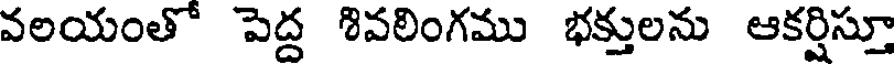
వలయంతో పెద్ద శివలింగము భక్తులను ఆకర్షిస్తూ